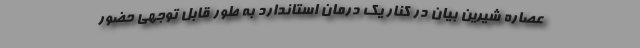
عصاره شیرین بیان در کنار یک درمان استاندارد به طور قابل توجهی حضور